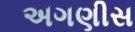
અગણીસ